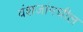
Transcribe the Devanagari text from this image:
वंशजांमधील